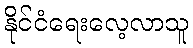
နိုင်ငံရေးလေ့လာသူ